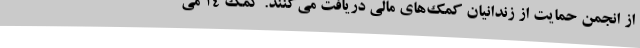
از انجمن حمایت از زندانیان کمک‌های مالی دریافت می‌کنند. کمک 14 می